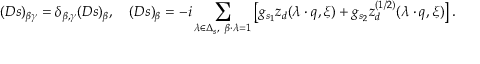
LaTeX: ( D s ) _ { \beta \gamma } = \delta _ { \beta , \gamma } ( D s ) _ { \beta } , \quad ( D s ) _ { \beta } = - i \sum _ { \lambda \in \Delta _ { s } , \ \beta \cdot \lambda = 1 } \left[ g _ { s _ { 1 } } z _ { d } ( \lambda \cdot q , \xi ) + g _ { s _ { 2 } } z _ { d } ^ { ( 1 / 2 ) } ( \lambda \cdot q , \xi ) \right] .